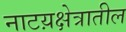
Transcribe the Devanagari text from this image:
नाटय़क्षेत्रातील